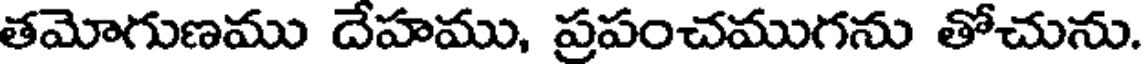
తమోగుణము దేహము, ప్రపంచముగను తోచును.